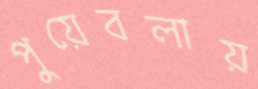
পুয়েবলায়